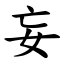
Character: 妄